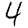
Digit: 4